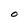
Character: O